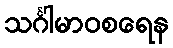
သင်္ဂါမာဝစရေန